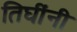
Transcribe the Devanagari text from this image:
तिघींनी